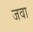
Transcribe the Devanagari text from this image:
जवा